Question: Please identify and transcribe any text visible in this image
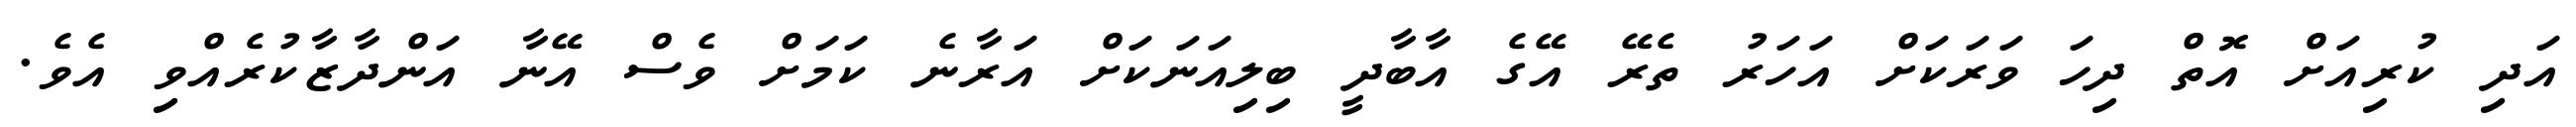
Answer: އަދި ކުރިއަށް އޮތް ދިހަ ވަރަކަށް އަހަރު ތެރޭ އޭގެ އާބާދީ ބިލިއަނަކަށް އަރާނެ ކަމަށް ވެސް އޭނާ އަންދާޒާކުރެއްވި އެވެ.